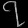
Digit: ၇